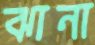
ঝানা